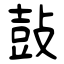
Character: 鼔